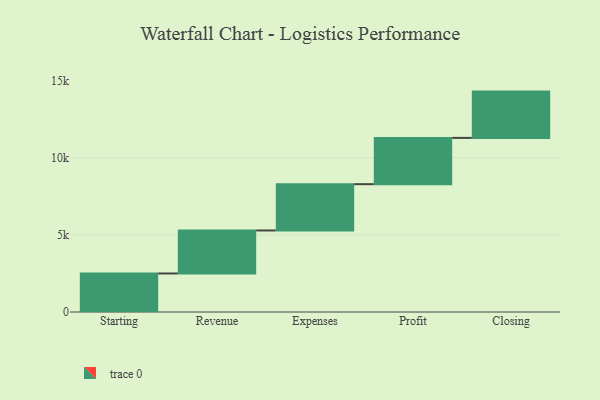
{"axis": {"x": "Step", "y": "Value"}, "legend": [""], "data": [{"x": "Starting", "y": 2497.0, "type": ""}, {"x": "Revenue", "y": 2787.0, "type": ""}, {"x": "Expenses", "y": 3000, "type": ""}, {"x": "Profit", "y": 3000, "type": ""}, {"x": "Closing", "y": 3000, "type": ""}]}